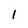
Character: 1